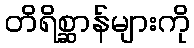
တိရိစ္ဆာန်များကို